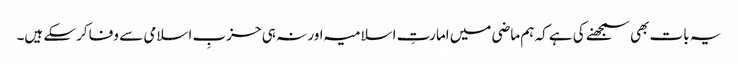
یہ بات بھی سمجھنے کی ہے کہ ہم ماضی میں امارتِ اسلامیہ اور نہ ہی حزبِ اسلامی سے وفا کرسکے ہیں۔